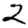
Digit: 2